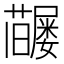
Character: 𡳶